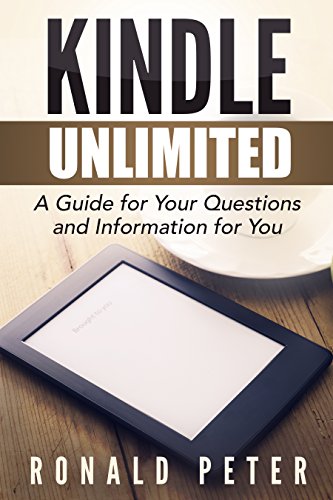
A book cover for Kindle Unlimited: A Guide for Your Questions and Information for You (Kindle User Guides Book 1); Ronald Peter; Computers & Technology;